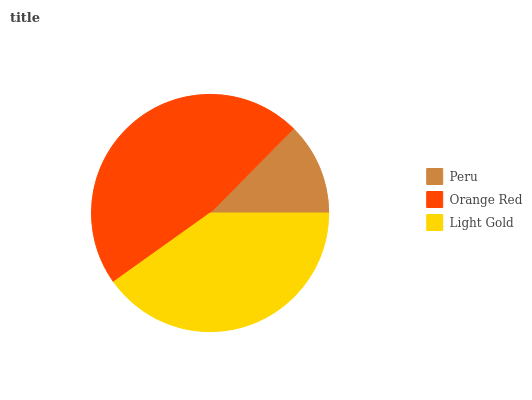
| Peru | Orange Red | Light Gold |
 | --- | --- | --- |
 | 12.6% | 47.3% | 40.1% |